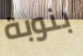
بنوبة